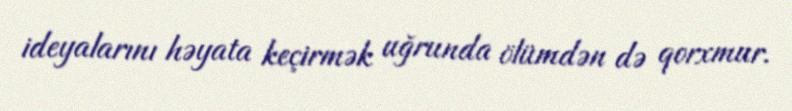
ideyalarını həyata keçirmək uğrunda ölümdən də qorxmur.